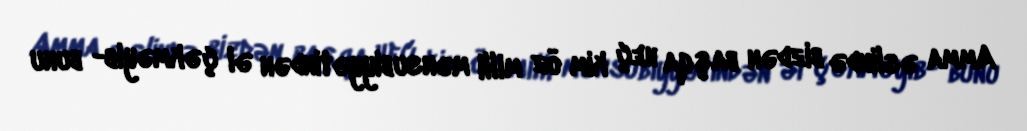
Amma əslində bizdən başqa heç kim öz milli mənsubiyyətindən əl çəkməyib- bunu